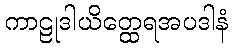
ကာဠုဒါယိတ္ထေရအပဒါနံ